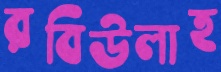
রবিউলাহ